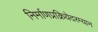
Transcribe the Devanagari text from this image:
निर्माणप्रक्रियेदरम्यान